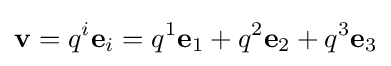
\mathbf {v} =q^{i}\mathbf {e} _{i}=q^{1}\mathbf {e} _{1}+q^{2}\mathbf {e} _{2}+q^{3}\mathbf {e} _{3}